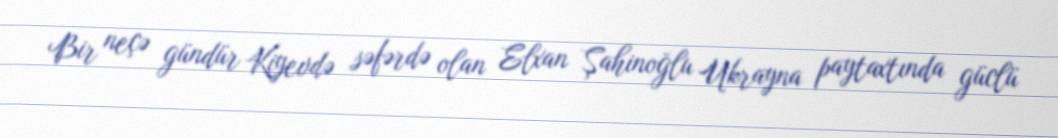
Bir neçə gündür Kiyevdə səfərdə olan Elxan Şahinoğlu Ukrayna paytaxtında güclü